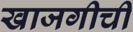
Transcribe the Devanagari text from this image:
खाजगीची